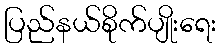
ပြည်နယ်စိုက်ပျိုးရေး